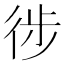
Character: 徏